画像に写った文字を読んでください
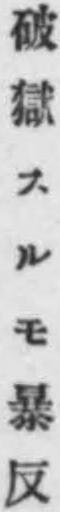
「破獄スルモ暴反」と書いてあります